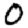
Digit: 0